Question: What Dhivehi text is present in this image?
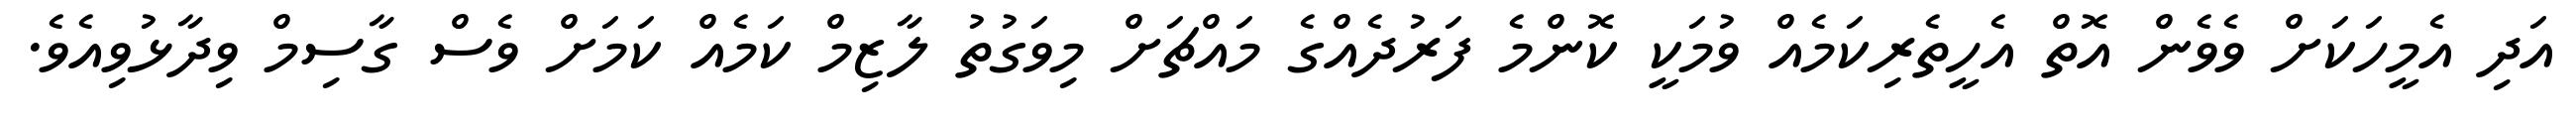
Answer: އަދި އެމީހަކަށް ވެވެން އޮތް އެހީތެރިކަމެއް ވުމަކީ ކޮންމެ ފަރުދެއްގެ މައްޗަށް މިވަގުތު ލާޒިމް ކަމެއް ކަމަށް ވެސް ގާސިމް ވިދާޅުވިއެވެ.